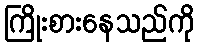
ကြိုးစားနေသည်ကို